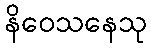
နိဝေသနေသု